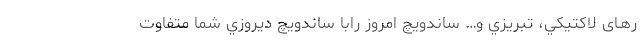
ر‌هـای لاكتيكي، تبريزي و… ساندويچ امروز رابا ساندويچ ديروزي شما متفاوت